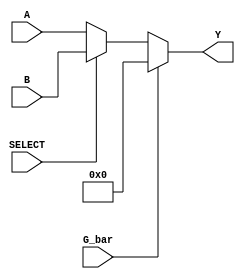
module SN74LS157(A, B, Y, G_bar, SELECT);
   input G_bar, SELECT;
   input [4:1] A, B;
   output reg [4:1] Y;

   always @(*) begin
      if (G_bar) begin
          Y = 0;
      end else begin
          if (SELECT) begin
              Y = B;
          end else begin
              Y = A;
          end
      end
   end
endmodule

module SN74LS157_tb;
   `ifdef SN74LS157_test
   reg g_bar;
   reg select;
   reg [4:1] a, b;
   wire [4:1] y;


   SN74LS157 DUT(.G_bar(g_bar), .SELECT(select), .A(a), .B(b), .Y(y));

   initial begin
      // Waveform generation
      $dumpfile("SN74LS157_tb.vcd");
      $dumpvars(0, SN74LS157_tb);

      // Force output to 0
      g_bar = 1;
      // Select input a
      select = 0;
      // Set initial values
      a = 3;
      b = 7;
      #1;
      // Stop forcing output to 0
      g_bar = 0;
      #1;
      // Select input b
      select = 1;
      #1
      // Force output to 0
      g_bar = 1;
      #1;
      // Change input a
      b = 4'hf;
      #1;
      // Stop forcing output to 0
      g_bar = 0;
      #1;
      // Select input a
      select = 0;
      #1
      $finish;
   end
   `endif
endmodule